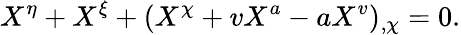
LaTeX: X^{\eta}+X^{\xi}+(X^{\chi}+vX^{a}-aX^{v})_{,\chi}=0.